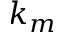
k _ { m }